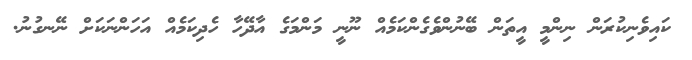
ކައިވެނިކުރަން ނިންމީ އީތަން ބޭނުންވެގެންކަމެއް ނޫނީ މަންމަގެ އާދޭހާ ހެދިކަމެއް އަހަންނަކަށް ނޭނގުނު.